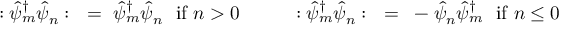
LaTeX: : { \hat { \psi } _ { m } } ^ { \dagger } \hat { \psi } _ { n } : ~ = ~ { \hat { \psi } _ { m } } ^ { \dagger } \hat { \psi } _ { n } { } ~ ~ \mathrm { i f } ~ n > 0 ~ ~ ~ ~ ~ ~ ~ ~ : { \hat { \psi } _ { m } } ^ { \dagger } \hat { \psi } _ { n } : ~ = ~ - \hat { \psi } _ { n } { \hat { \psi } _ { m } } ^ { \dagger } ~ ~ \mathrm { i f } ~ n \le 0